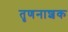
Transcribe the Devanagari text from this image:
तृणनाशक